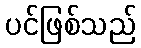
ပင်ဖြစ်သည်